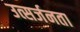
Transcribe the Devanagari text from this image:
उत्सर्जनता